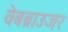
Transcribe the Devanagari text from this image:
वेबब्राउजर